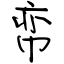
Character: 帟